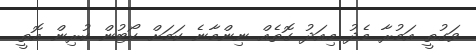
ވަގުތީ އަމުރާ މެދު މިއަދު ގޮތެއް ނިންމާނެ ކަމަށް ކޯޓުން ކުރިން އޮތީ